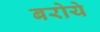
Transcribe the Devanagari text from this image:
बरोये